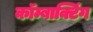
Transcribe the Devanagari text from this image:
कॉम्बाक्टिंग